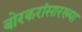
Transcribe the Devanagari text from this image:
बोरकरांसारख्या